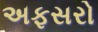
અફસરો